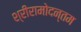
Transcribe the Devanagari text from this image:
श्रीरामोदन्तम